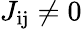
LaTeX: J_{\mathrm{ij}}\neq 0